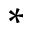
*